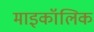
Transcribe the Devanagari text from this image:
माइकॉलिक